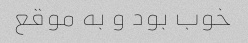
خوب بود و به موقع